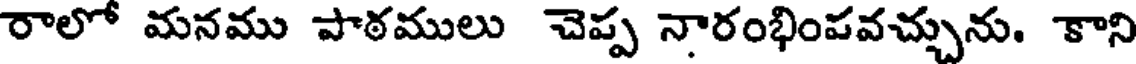
రాలో మనము పాఠములు చెప్ప నారంభింపవచ్చును. కాని